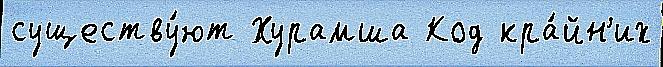
существу́ют Хурамша Код кра́йн'их